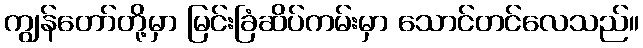
ကျွန်တော်တို့မှာ မြင်းခြံဆိပ်ကမ်းမှာ သောင်တင်လေသည်။